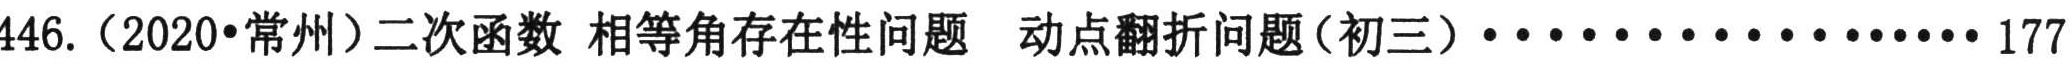
446.（2020•常州）二次函数 相等角存在性问题 动点翻折问题（初三）·················· 177